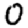
Digit: 0